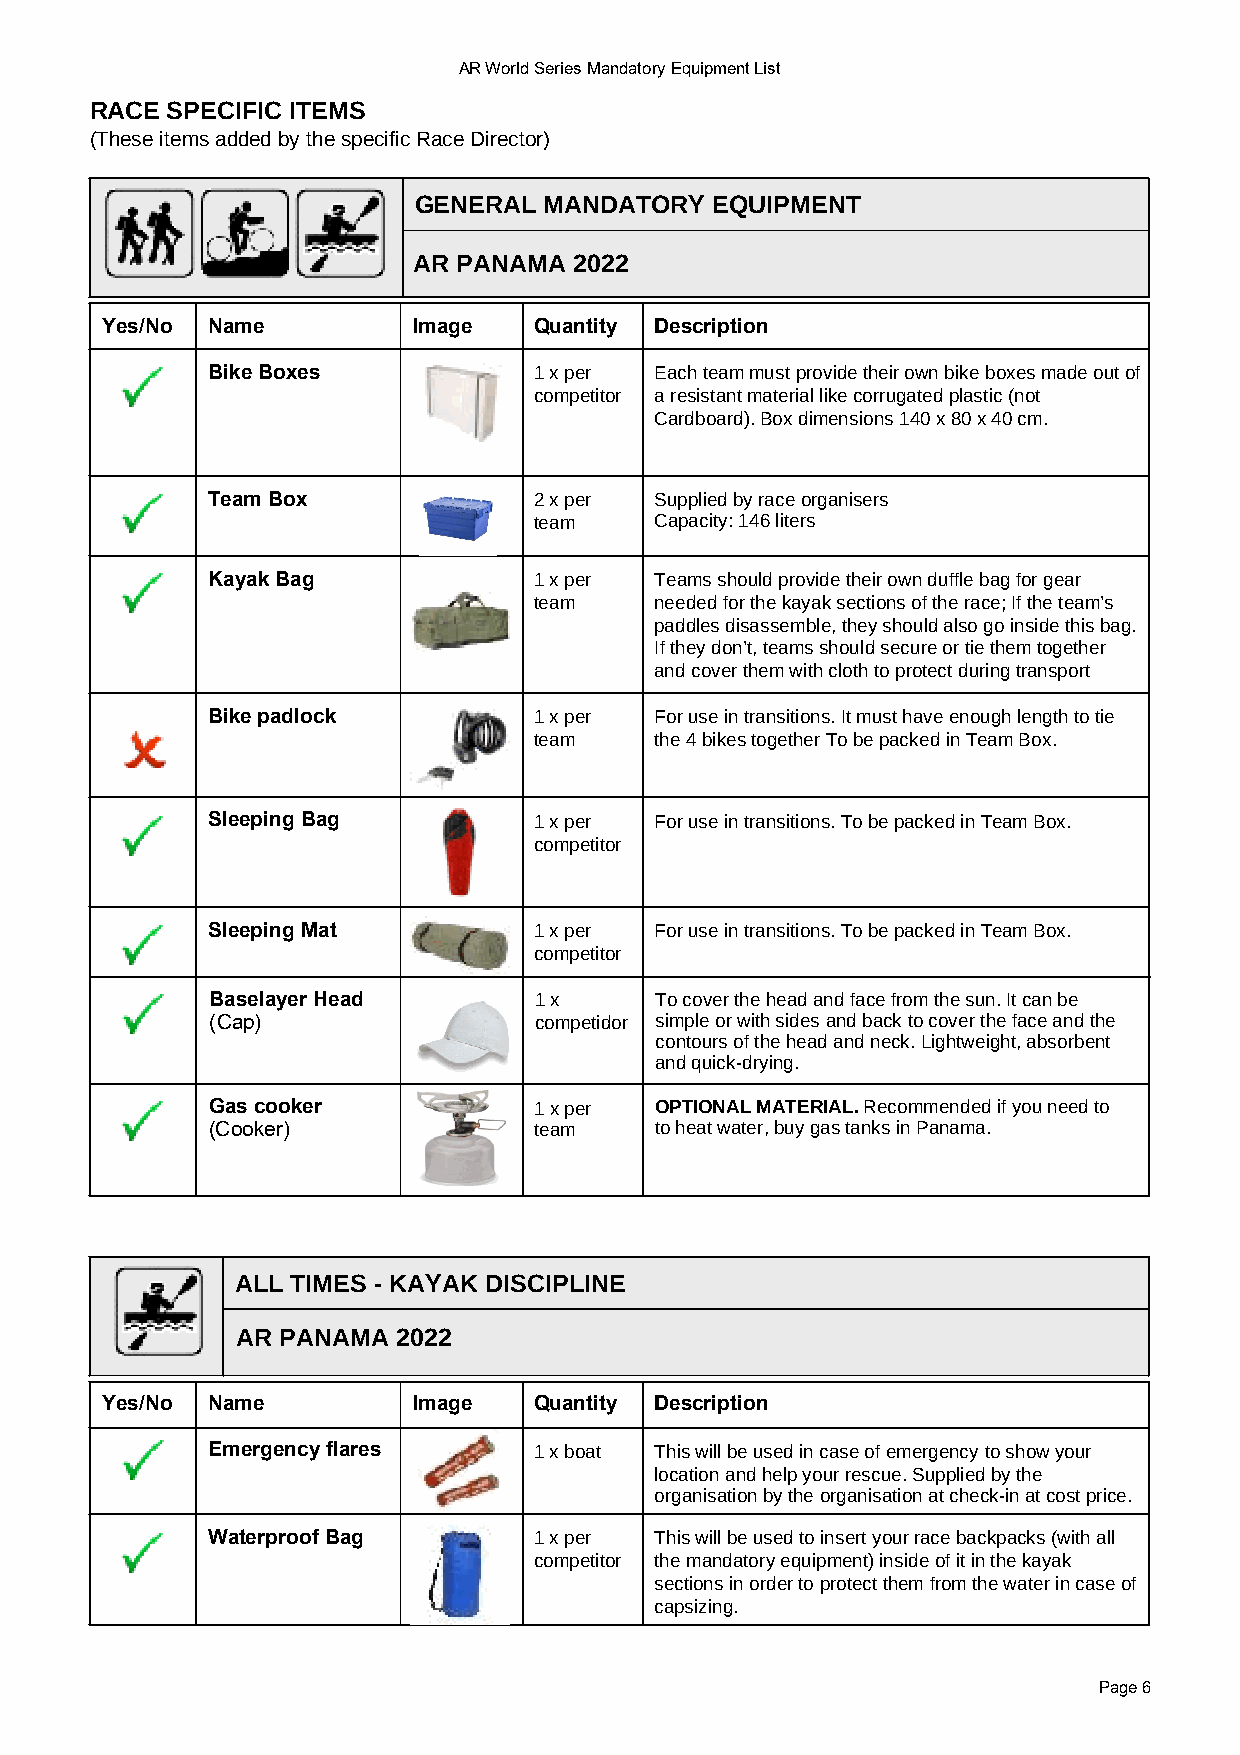
AR World Series Mandatory Equipment List
 RACE SPECIFIC ITEMS
 (These items added by the specific Race Director)
 GENERAL  MANDATORY  EQUIPMENT
 AR PANAMA  2022
 Yes/No Name         Image   Quantity Description
 Bike Boxes           1 x per Each team must provide their own bike boxes made out of
 competitor a resistant material like corrugated plastic (not
 Cardboard). Box dimensions 140 x 80 x 40 cm.
 Team Box             2 x per Supplied by race organisers
 team    Capacity: 146 liters
 Kayak Bag            1 x per Teams should provide their own duffle bag for gear
 team    needed for the kayak sections of the race; If the team’s
 paddles disassemble, they should also go inside this bag.
 If they don’t, teams should secure or tie them together
 and cover them with cloth to protect during transport
 Bike padlock         1 x per For use in transitions. It must have enough length to tie
 team    the 4 bikes together To be packed in Team Box.
 Sleeping Bag         1 x per For use in transitions. To be packed in Team Box.
 competitor
 Sleeping Mat         1 x per For use in transitions. To be packed in Team Box.
 competitor
 Baselayer Head       1 x     To cover the head and face from the sun. It can be
 (Cap)                competidor simple or with sides and back to cover the face and the
 contours of the head and neck. Lightweight, absorbent
 and quick-drying.
 Gas cooker           1 x per OPTIONAL MATERIAL. Recommended if you need to
 (Cooker)             team    to heat water, buy gas tanks in Panama.
 ALL TIMES - KAYAK DISCIPLINE
 AR PANAMA 2022
 Yes/No Name         Image   Quantity Description
 Emergency flares     1 x boat This will be used in case of emergency to show your
 location and help your rescue. Supplied by the
 organisation by the organisation at check-in at cost price.
 Waterproof Bag       1 x per This will be used to insert your race backpacks (with all
 competitor the mandatory equipment) inside of it in the kayak
 sections in order to protect them from the water in case of
 capsizing.
 Page 6